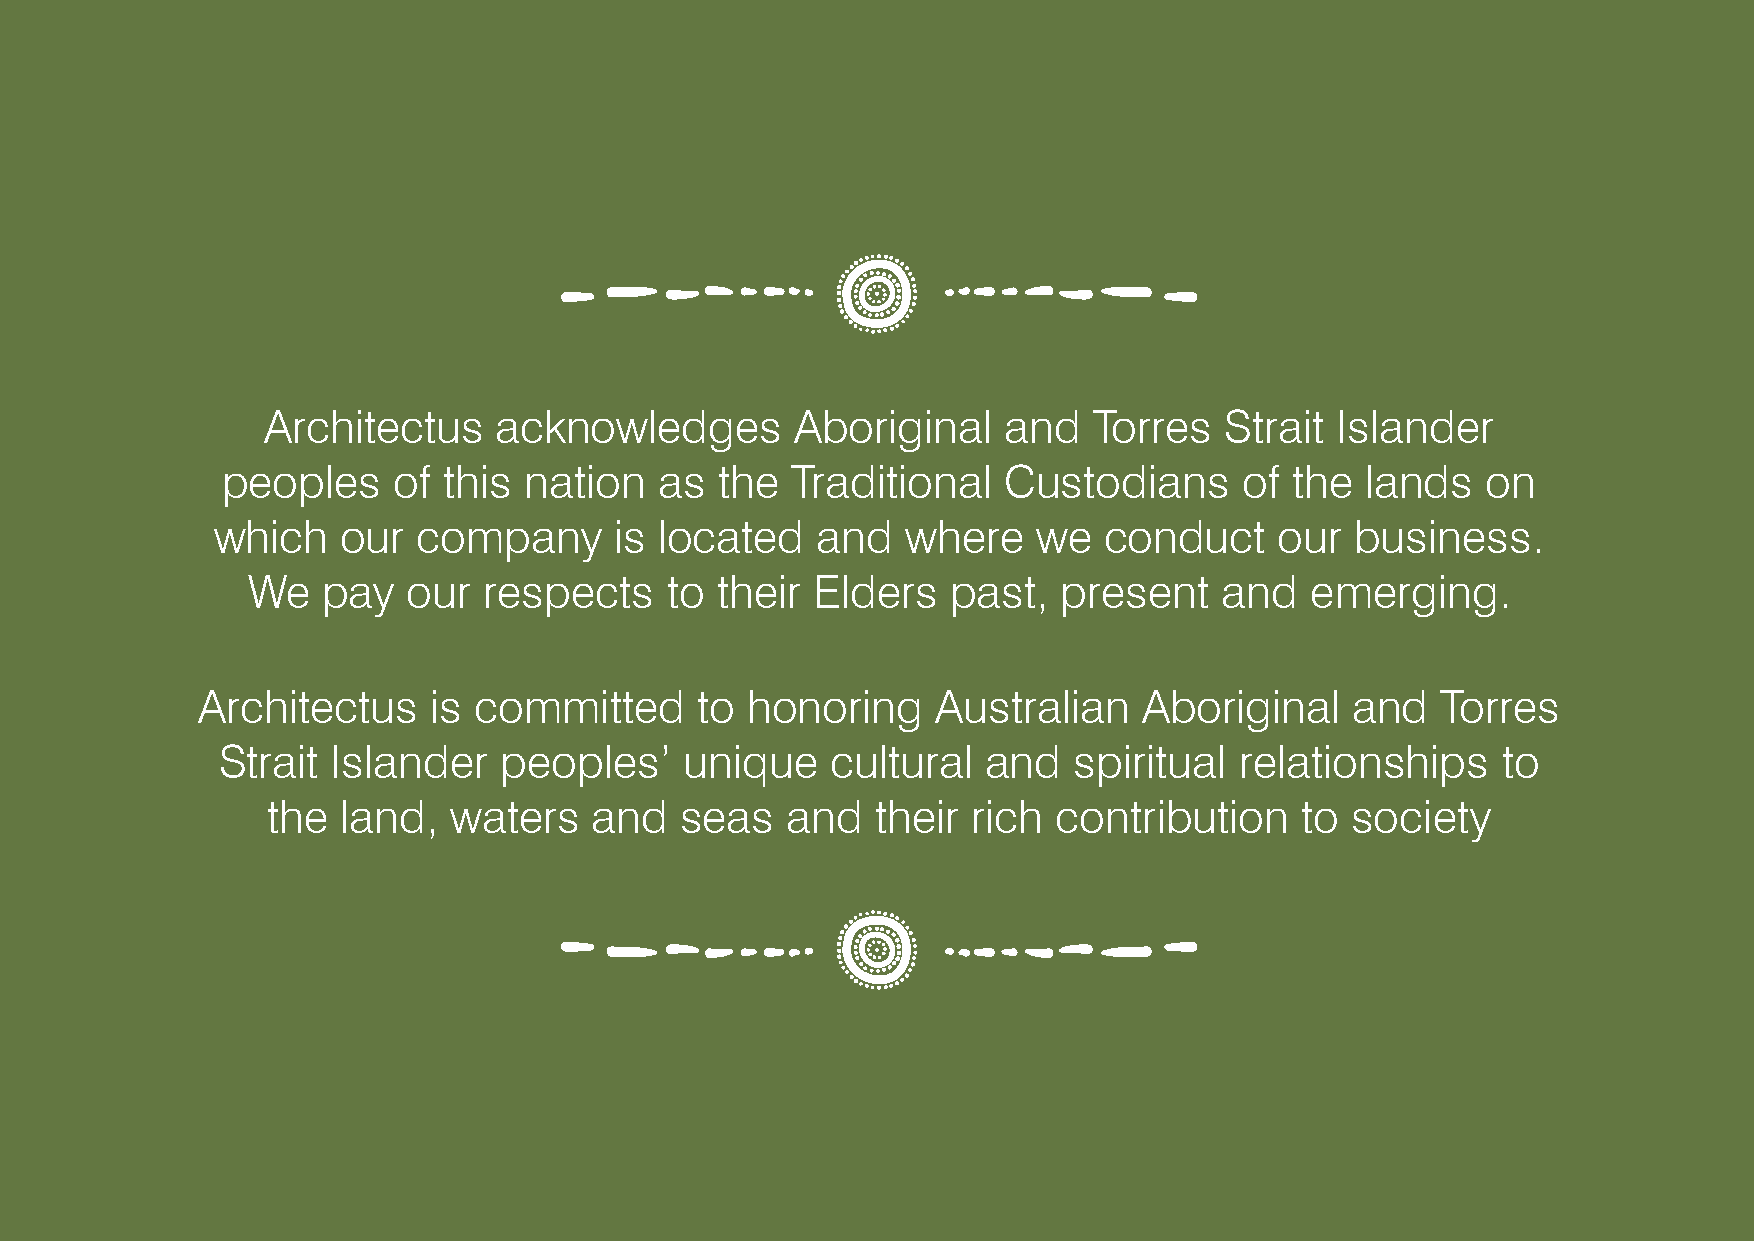
Architectus     acknowledges        Aboriginal    and  Torres   Strait  Islander
 peoples    of this  nation   as  the Traditional    Custodians     of  the lands   on
 which    our  company      is located   and   where    we  conduct     our  business.
 We   pay   our  respects    to their  Elders   past,  present    and   emerging.
 Architectus     is committed     to  honoring    Australian    Aboriginal    and  Torres
 Strait  Islander   peoples’    unique    cultural  and   spiritual  relationships    to
 the  land,  waters   and   seas   and   their rich  contribution    to society